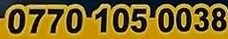
0770 105 0038